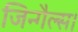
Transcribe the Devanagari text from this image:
जिन्गैल्स।